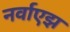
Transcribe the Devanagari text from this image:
नर्वाएझ